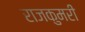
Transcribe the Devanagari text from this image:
राजकुमरी